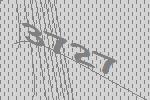
3727